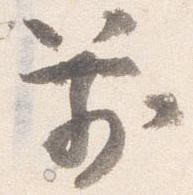
箭